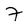
Character: 7